Papers set at the Examination for Leaving Certificates, 1892
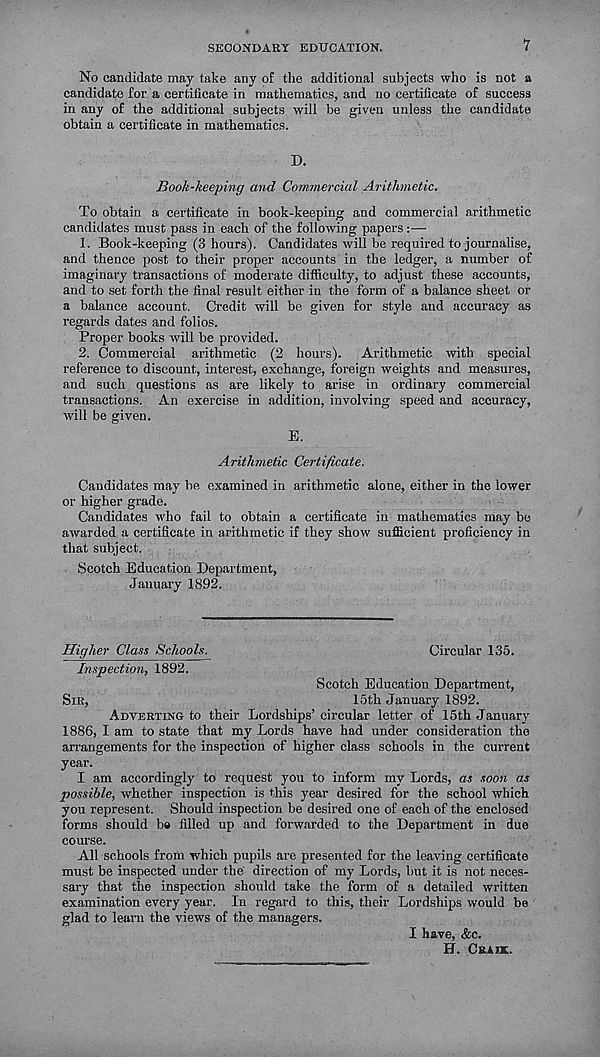
SECONDARY EDUCATION.
1
No candidate may take any of the additional subjects who is not a
candidate for a certificate in mathematics, and no certificate of success
in any of the additional subjects will be given unless the candidate
obtain a certificate in mathematics.
D.
Book-keeping and Commercial Arithmetic.
To obtain a certificate in book-keeping and commercial arithmetic
candidates must pass in each of the following papers :—
1. Book-keeping (3 hours). Candidates will be required to journalise,
and thence post to their proper accounts in the ledger, a number of
imaginary transactions of moderate difficulty, to adjust these accounts,
and to set forth the final result either in the form of a balance sheet or
a balance account. Credit will be given for style and accuracy as
regards dates and folios.
Proper books will be provided.
2. Commercial arithmetic (2 hours). Arithmetic with special
reference to discount, interest, exchange, foreign weights and measures,
and such questions as are likely to arise in ordinary commercial
transactions. An exercise in addition, involving speed and accuracy,
will be given.
E.
Arithmetic Certificate.
Candidates may be examined in arithmetic alone, either in the lower
or higher grade.
Candidates who fail to obtain a certificate in mathematics may be
awarded a certificate in arithmetic if they show sufficient proficiency in
that subject.
Scotch Education Department,
January 1892.
Higher Class Schools.
Circular 135.
Inspection, 1892.
Scotch Education Department,
SIR,
15th January 1892.
ADVERTING to their Lordships’circular letter of 15th January
1886, I am to state that my Lords have had under consideration the
arrangements for the inspection of higher class schools in the current
year.
I am accordingly to request you to inform my Lords, as soon as
possible, whether inspection is this year desired for the school which
you represent. Should inspection he desired one of each of the enclosed
forms should ba filled up and forwarded to the Department in due
course.
All schools from which pupils are presented for the leaving certificate
must be inspected under the direction of my Lords, but it is not neces-
sary that the inspection should take the form of a detailed written
examination every year. In regard to this, their Lordships would be
glad to learn the views of the managers.
I have, &c.
H. CRAW.